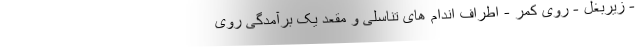
- زیربغل - روی کمر - اطراف اندام های تناسلی و مقعد یک برآمدگی روی